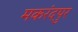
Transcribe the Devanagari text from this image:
मकरंदपुर